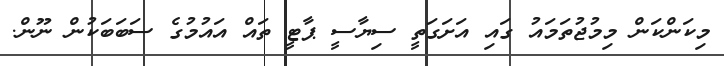
މިކަންކަން މިމުޖުތަމައު ގައި އަށަގަތީ ސިޔާސީ ޕާޓީ ތައް އައުމުގެ ސަބަބަކުން ނޫން.